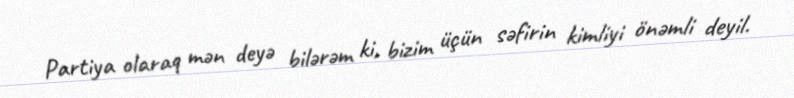
Partiya olaraq mən deyə bilərəm ki, bizim üçün səfirin kimliyi önəmli deyil.